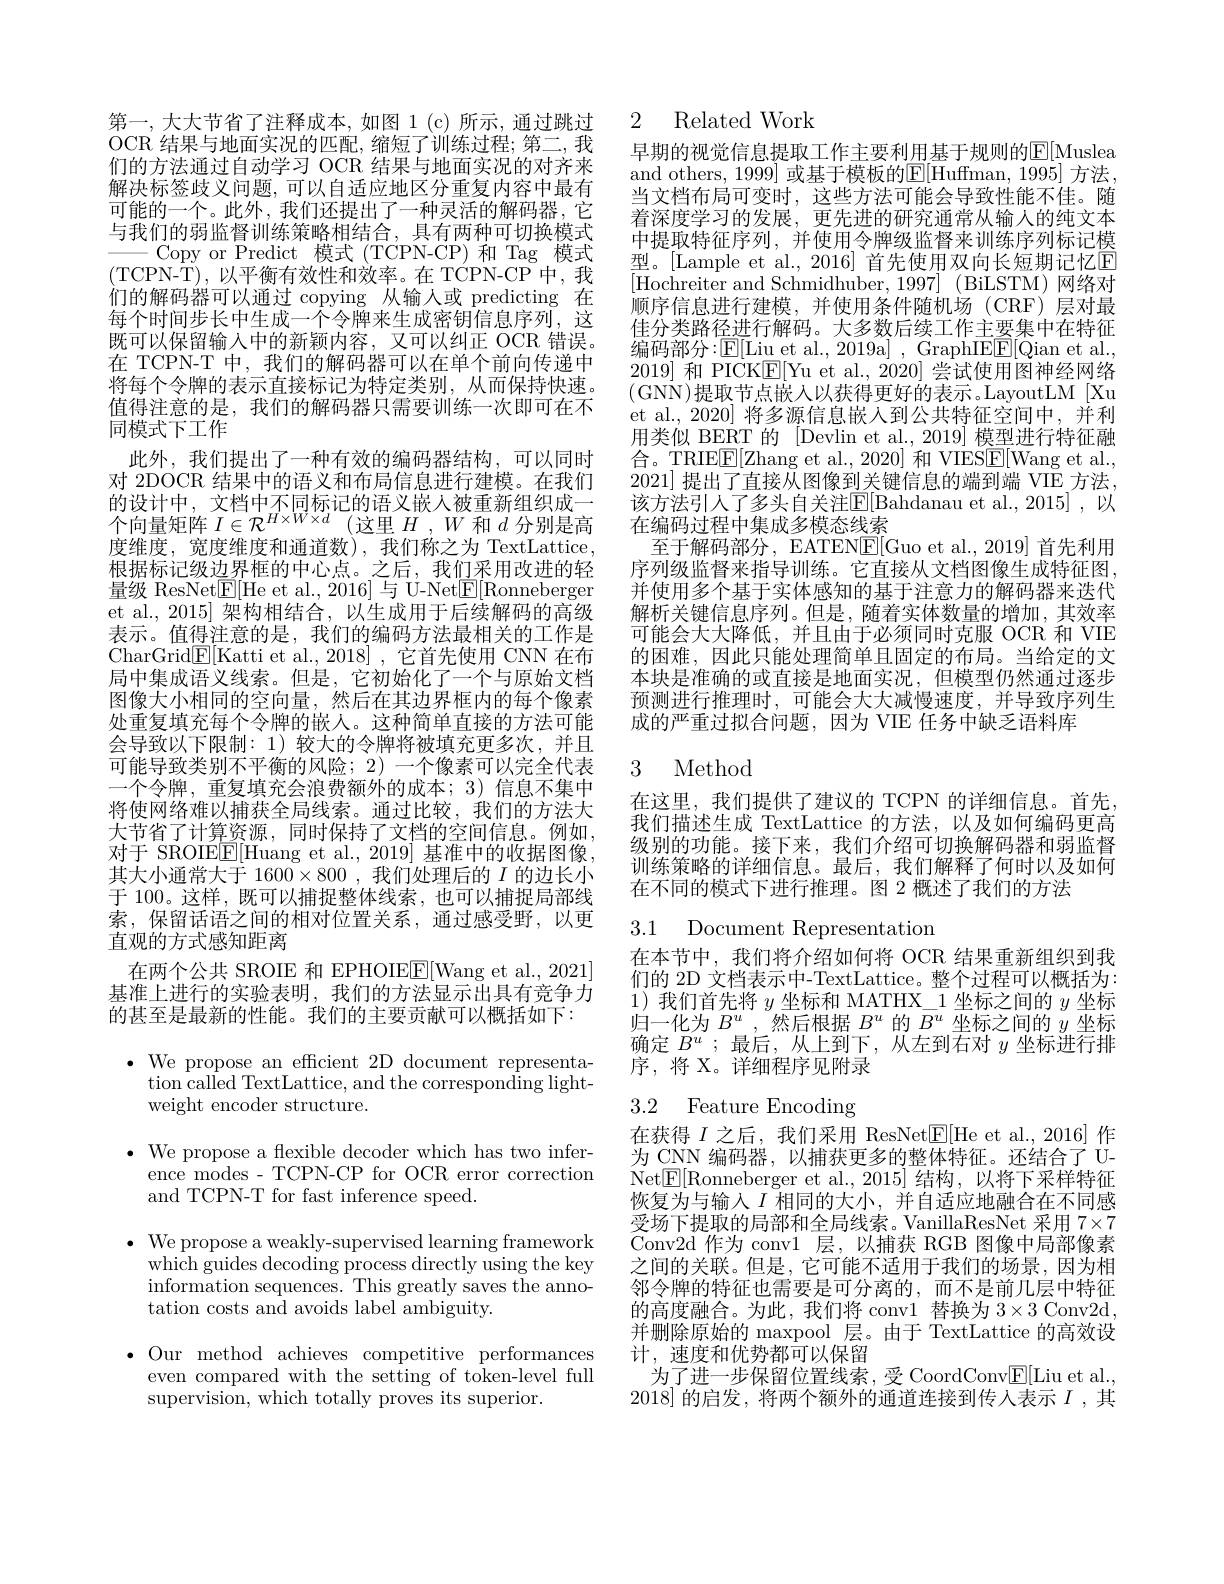
第一，大大节省了注释成本，如图 1(c)所示，通过跳过OCR 结果与地面实况的匹配，缩短了训练过程；第二，我们的方法通过自动学习 OCR 结果与地面实况的对齐来解决标签歧义问题，可以自适应地区分重复内容中最有可能的一个。此外，我们还提出了一种灵活的解码器，它与我们的弱监督训练策略相结合，具有两种可切换模式$———$Copy or Predict 模式(TCPN-CP)和 Tag 模式(TCPN-T),以平衡有效性和效率。在 TCPN-CP 中，我们的解码器可以通过 copying 从输人或 predicting 在每个时间步长中生成一个令牌来生成密钥信息序列，这既可以保留输入中的新颖内容，又可以纠正 OCR 错误。在 TCPN-T 中，我们的解码器可以在单个前向传递中将每个令牌的表示直接标记为特定类别，从而保持快速。值得注意的是，我们的解码器只需要训练一次即可在不同模式下工作
此外，我们提出了一种有效的编码器结构，可以同时对 2DOCR 结果中的语义和布局信息进行建模。在我们$\begin{array}{l}\text{的设计中，文档中个同标记的语义嵌入被重新组织成一}\\\text{个向量矩阵 }I\in\mathcal{R}^{H\times W\times d}\left(\text{这里 }H,W\text{ 和 }d\text{ 分别是高}\right.\end{array}$ 度维度，宽度维度和通道数),我们称之为 TextLattice, 根据标记级边界框的中心点。之后，我们采用改进的轻量级 ResNet$\boxed{\mathrm{E}}[$He et al.,2016]与 U-Net$\boxed{\mathrm{E}}[$Ronneberger et al.,2015]架构相结合，以生成用于后续解码的高级表示。值得注意的是，我们的编码方法最相关的工作是CharGrid$\boxed{\mathrm{F}}[$Katti et al.,2018] ,它首先使用 CNN 在布局中集成语义线索。但是，它初始化了一个与原始文档图像大小相同的空向量，然后在其边界框内的每个像素处重复填充每个令牌的嵌人。这种简单直接的方法可能会导致以下限制：1)较大的令牌将被填充更多次，并且可能导致类别不平衡的风险；2) 一个像素可以完全代表一个令牌，重复填充会浪费额外的成本；3)信息不集中将使网络难以捕获全局线索。通过比较，我们的方法大大节省了计算资源，同时保持了文档的空间信息。例如， 对于 SROIEE[Huang et al., 2019] 基准中的收据图像， 其大小通常大于 1600$\times800$ ,我们处理后的$I$的边长小于 100。这样，既可以捕捉整体线索，也可以捕捉局部线索，保留话语之间的相对位置关系，通过感受野，以更直观的方式感知距离
在两个公共 SROIE 和 EPHOIEE[Wang et al., 2021] 基准上进行的实验表明，我们的方法显示出具有竞争力的甚至是最新的性能。我们的主要贡献可以概括如下：

$\cdot$ We propose an efficient 2D document representa-
tion called TextLattice, and the corresponding light-
weight encoder structure.

$\bullet$ We propose a flexible decoder which has two infer-
ence modes - TCPN-CP for OCR error correction
and TCPN-T for fast inference speed.
$\bullet$ We propose a weakly-supervised learning framework
which guides decoding process directly using the key $\bar{\text{information sequences. This greatly saves the anno-}}$ tation costs and avoids label ambiguity.
$\bullet$ Our method achieves competitive performances
even compared with the setting of token-level full
supervision, which totally proves its superior.

### 2 Related Work

早期的视觉信息提取工作主要利用基于规则的$\mathbb{E}[$Muslea and others, 1999] 或基于模板的E[ Huffman, 1995] 方法， 当文档布局可变时，这些方法可能会导致性能不佳。随着深度学习的发展，更先进的研究通常从输入的纯文本中提取特征序列，并使用令牌级监督来训练序列标记模型。[Lample et al., 2016] 首先使用双向长短期记忆$\overline{\mathrm{E}}$ 顺序信息进行建模，并使用条件随机场(CRF)层对最佳分类路径进行解码。大多数后续工作主要集中在特征编码部分：$\mathbb{E}[$Liu et al., 2019a] , GraphIE$\mathbb{E}[$Qian et al. 2019]和 PICK$\underline{\mathrm{E}}[$Yu et al., 2020] 尝试使用图神经网络(GNN)提取节点嵌人以获得更好的表示。LayoutLM[Xu et al., 2020] 将多源信息嵌人到公共特征空间中，并利用类似 BERT 的 [Devlin et al., 2019] 模型进行特征融合。TRIEE[Zhang et al., 2020] 和 VIESE[Wang et al., 2021] 提出了直接从图像到关键信息的端到端 VIE\_方法， 该方法引人了多头自关注$\mathbb{E}[$Bahdanau et al.,2015] ,以在编码过程中集成多模态线索
至于解码部分，EATEN$\underline{\mathrm{E}}[$Guo et al., 2019] 首先利用序列级监督来指导训练。它直接从文档图像生成特征图并使用多个基于实体感知的基于注意力的解码器来迭代解析关键信息序列。但是，随着实体数量的增加，其效率可能会大大降低，并且由于必须同时克服 OCR 和 VIE 的困难，因此只能处理简单且固定的布局。当给定的文本块是准确的或直接是地面实况，但模型仍然通过逐步预测进行推理时，可能会大大减慢速度，并导致序列生成的严重过拟合问题，因为 VIE 任务中缺乏语料库

### 3 Method

在这里，我们提供了建议的 TCPN 的详细信息。首先我们描述生成 TextLattice 的方法，以及如何编码更高级别的功能。接下来，我们介绍可切换解码器和弱监督训练策略的详细信息。最后，我们解释了何时以及如何在不同的模式下进行推理。图 2 概述了我们的方法

3.1 Document Representation

在本节中，我们将介绍如何将 OCR 结果重新组织到我们的 2D 文档表示中-TextLattice。整个过程可以概括为： $\begin{array}{l}1)\text{ 我们首先将 }y\text{ 坐标和 MATHX}_{-}1\text{ 坐标之间的 }y\text{ 坐标}\\\text{归一化为 }B^u,\text{然后根据 }B^u\text{ 的 }B^u\text{ 坐标之间的 }y\text{ 坐标}\\\text{的一个}B^u,\text{ 然后根据 }B^u\text{ 的 }B^u\text{ 坐标之间的 }y\text{ 坐标}\\\end{array}$ 确定$B^u$ ;最后，从上到下，从左到右对$y$坐标进行排序，将 X。详细程序见附录

# 3.2 Feature Encoding

在获得$I$之后，我们采用 ResNet$\underline{\mathrm{E}}[$He et al.,2016]作为 CNN 编码器，以捕获更多的整体特征。还结合了 U- $\mathop{\mathrm{Net}}\underline{\mathrm{E}}[$Ronneberger et al.,2015]结构，以将下采样特征恢复为与输入$I$ 相同的大小，并自适应地融合在不同感受场下提取的局部和全局线索。VanillaResNet 采用 7×7 Conv2d 作为 conv1 层，以捕获 RGB 图像中局部像素之间的关联。但是，它可能不适用于我们的场景，因为相邻令牌的特征也需要是可分离的，而不是前几层中特征的高度融合。为此，我们将 conv1 替换为$3\times3$ Conv2d 并删除原始的 maxpool 层。由于 TextLattice 的高效设计，速度和优势都可以保留
为了进一步保留位置线索，受 CoordConv$\underline{\mathrm{E}}[$Liu et al., 2018] 的启发，将两个额外的通道连接到传人表示 $I$,其